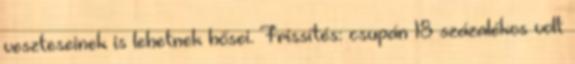
veszteseinek is lehetnek hősei. Frissítés: csupán 18 százalékos volt